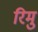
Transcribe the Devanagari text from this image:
रिमु